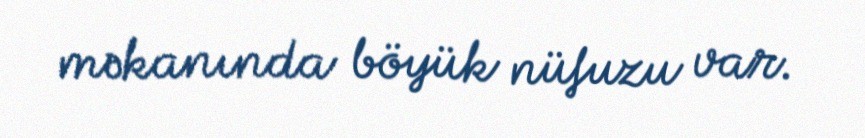
məkanında böyük nüfuzu var.